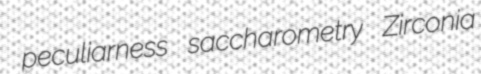
peculiarness saccharometry Zirconia